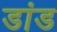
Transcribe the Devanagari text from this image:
डांड